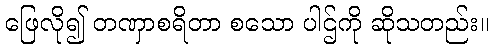
ဖြေလို၍ တဏှာစရိတာ စသော ပါဌ်ကို ဆိုသတည်း။